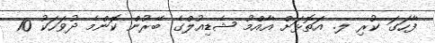
ފާހަގަ ކުރި ލ. އަތޮޅަށް އާއްމު ޝެޑިއުލްގެ ބޭރުން ކޮންމެ ދުވަހަކު 10